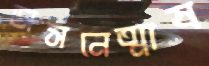
অসনেত্মাষ